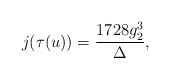
\begin{align*}j(\tau(u)) = \frac {1728 g_2^3}{\Delta},\end{align*}